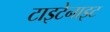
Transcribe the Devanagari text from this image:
टाइटेनाइट